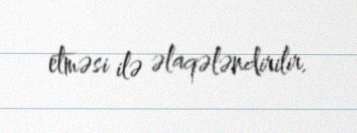
etməsi ilə əlaqələndirilir.